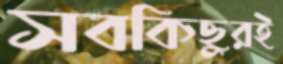
সবকিছুরই